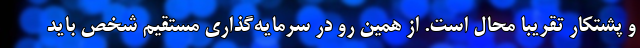
و پشتکار تقریباً محال است. از همین رو در سرمایه‌گذاری مستقیم شخص باید